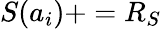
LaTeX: S(a_{i})+=R_{S}